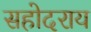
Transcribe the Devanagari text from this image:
सहोदराय